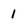
Character: 1